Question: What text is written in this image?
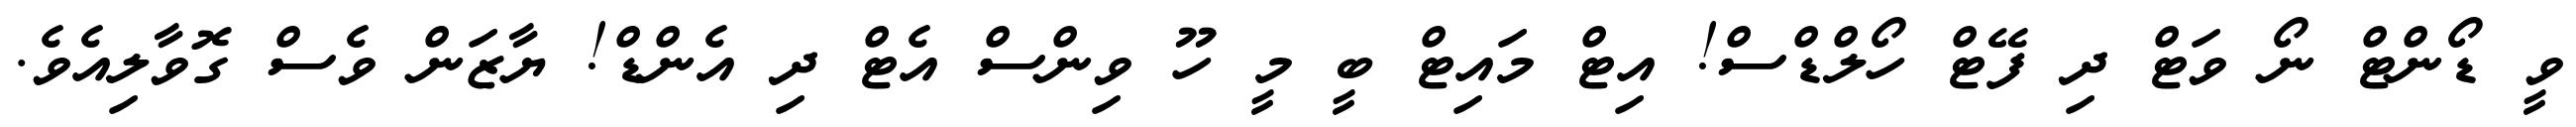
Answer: ވީ ޑޯންޓް ނޯ ވަޓް ދި ފޭޓް ހޯލްޑްސް! އިޓް މައިޓް ބީ މީ ހޫ ވިންސް އެޓް ދި އެންޑް! ޔާޒަން ވެސް ގޮވާލިއެވެ.